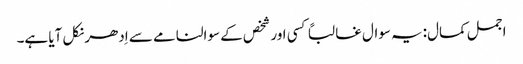
اجمل کمال:یہ سوال غالباً کسی اور شخص کے سوالنامے سے اِدھر نکل آیا ہے۔